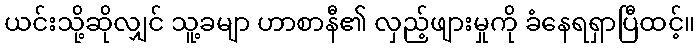
ယင်းသို့ဆိုလျှင် သူ့ခမျာ ဟာစာနီ၏ လှည့်ဖျားမှုကို ခံနေရရှာပြီထင့်။